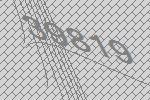
39819